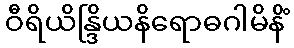
ဝီရိယိန္ဒြိယနိရောဓဂါမိနိံ